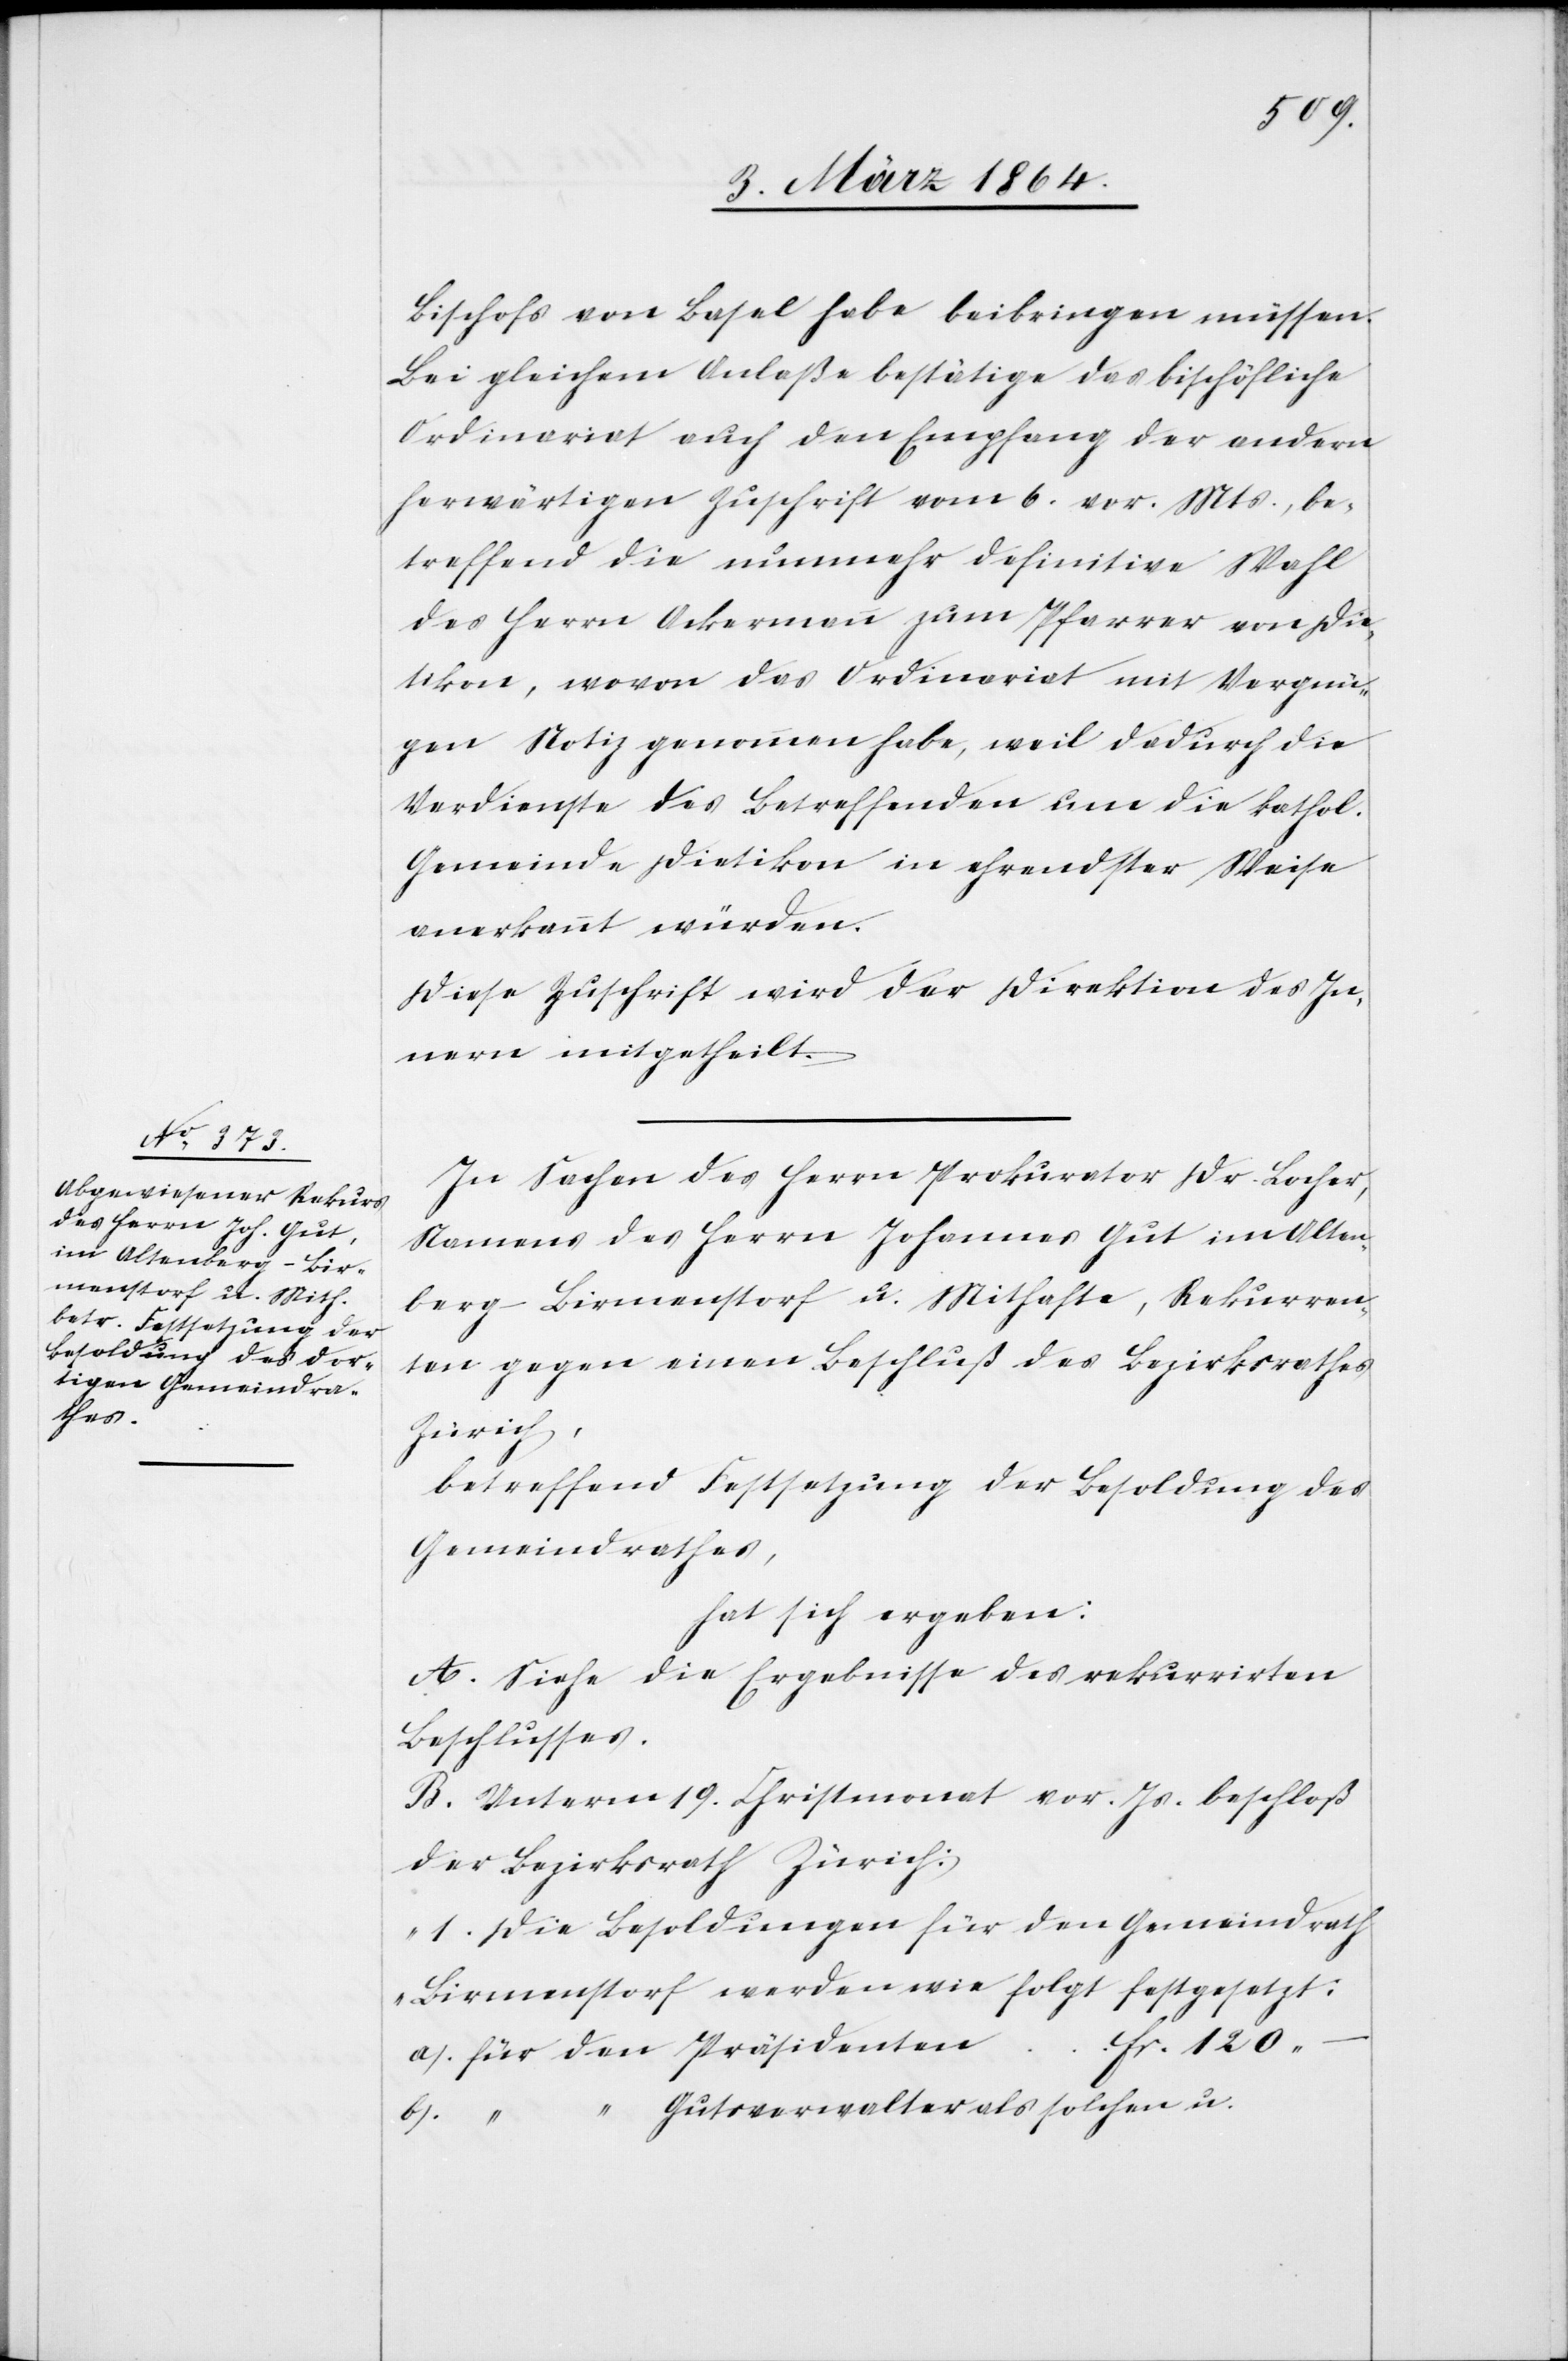
den

Bischofs von Basel habe beibringen müssen.
Bei gleichem Anlaße bestätige das bischöfliche
Ordinariat auch den Empfang der andern
herwärtigen Zuschrift vom 6. vor. Mts., be¬
treffend die nunmehr definitive Wahl
des Herrn Ackermann zum Pfarrer von Die¬
tikon, wovon das Ordinariat mit Vergnü¬
gen Notiz genommen habe, weil dadurch die
Verdienste des Betreffenden um die kathol.
Gemeinde Dietikon in ehrendster Weise
anerkannt würden.
Diese Zuschrift wird der Direktion des In¬
nern mitgetheilt.
–
In Sachen des Herrn Prokurator Dr. Locher,
Namens des Herrn Johannes Gut im Alten¬
berg-Birmenstorf u. Mithafte, Rekurren¬
ten gegen einen Beschluß des Bezirksrathes
Zürich,
betreffend Festsetzung der Besoldung des
Gemeindrathes,
hat sich ergeben:
A. Siehe die Ergebnisse des rekurrirten
Beschlusses.
B. Unterm 19. Christmonat vor. Js. beschloß
der Bezirksrath Zürich:
„1. Die Besoldungen für den Gemeindrath
Birmenstorf werden wie folgt festgesetzt:
“ Gutsverwalter als solchen u.